Annual statistical returns and brief notes on vaccination in Bengal - 1909-1929
Year: 1909
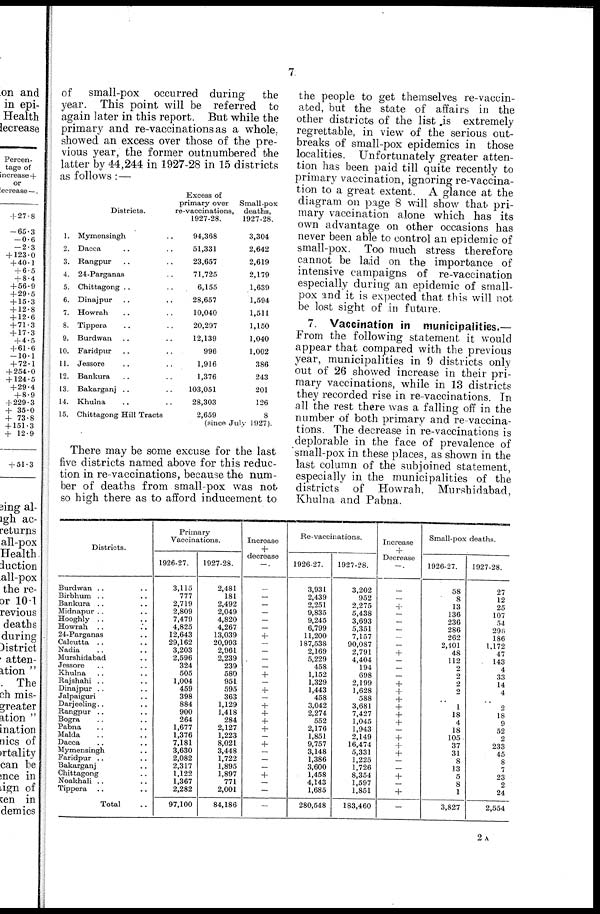
7
of
small-pox occurred during
the
year. This point will be referred to
again later in this report. But while the
primary and re-vaccinations as a whole,
showed an excess over those of the pre-
vious year, the former outnumbered the
latter by 44,244 in 1927-28 in 15 districts
as follows :—
Districts.
1.
2.
3.
4.
5.
6.
7.
8.
9.
10.
11.
12.
13.
14.
15.
Mymensingh ..
Dacca .. ..
Rangpur .. ..
24-Parganas ..
Chittagong .. ..
Dinajpur .. ..
Howrah .. ..
Tippera .. ..
Burdwan .. ..
Faridpur .. ..
Jessore .. ..
Bankura .. ..
Bakarganj .. ..
Khulna .. ..
Chittagong Hill Tracts
Excess of
primary over
re-vaccinations,
1927-28.
94,368
51,331
23,657
71,725
6,155
28,657
10,040
20,297
12,139
996
1,916
1,376
103,051
28,303
2,659
Small-pox
deaths,
1927-28.
3,304
2,642
2,619
2,179
1,639
1,594
1,511
1,150
1,040
1,002
386
243
201
126
8
(since July 1927).
There may be some excuse for the last
five districts named above for this reduc-
tion in re-vaccinations, because the num-
ber of deaths from small-pox was not
so high there as to afford inducement to
the people to get themselves re-vaccin-
ated, but the state of affairs in the
other districts of the list is extremely
regrettable, in view of the serious out-
breaks of small-pox epidemics in those
localities. Unfortunately greater atten-
tion has been paid till quite recently to
primary vaccination, ignoring re-vaccina-
tion to a great extent. A glance at the
diagram on page 8 will show that pri-
mary vaccination alone which has its
own advantage on other occasions has
never been able to control an epidemic of
small-pox. Too much stress therefore
cannot be laid on the importance of
intensive campaigns of re-vaccination
especially during an epidemic of small-
pox and it is expected that this will not
be lost sight of in future.
7. Vaccination in municipalities.—
From the following statement it would
appear that compared with the previous
year, municipalities in 9 districts only
but of 26 showed increase in their pri-
mary vaccinations, while in 13 districts
they recorded rise in re-vaccinations. In
all the rest there was a falling off in the
number of both primary and re-vaccina-
tions. The decrease in re-vaccinations is
deplorable in the face of prevalence of
small-pox in these places, as shown in the
last column of the subjoined statement,
especially in the municipalities of the
districts of Howrah, Murshidabad,
Khulna and Pabna.
Districts.
Burdwan .. ..
Birbhum .. ..
Bankura .. ..
Midnapur .. ..
Hooghly .. ..
Howrah .. ..
24-Parganas ..
Calcutta .. ..
Nadia .. ..
Murshidabad ..
Jessore .. ..
Khulna .. ..
Rajshahi .. ..
Dinajpur .. ..
Jalpaiguri ..
Darjeeling.. ..
Rangpur .. ..
Bogra .. ..
Pabna .. ..
Malda .. ..
Dacca .. ..
Mymensingh ..
Faridpur .. ..
Bakarganj ..
Chittagong ..
Noakhali .. ..
Tippera .. ..
Total ..
Primary
Vaccinations.
1926-27.
3,115
777
2,719
2,809
7,479
4,825
12,643
29,162
3,203
2,596
324
505
1,004
459
398
884
900
264
1,677
1,376
7,181
3,630
2,082
2,317
1,122
1,367
2,282
97,100
1927-28.
2,481
181
2,492
2,049
4,820
4,267
13,039
20,993
2,961
2,239
239
580
951
595
363
1,129
1,418
284
2,127
1,223
8,021
3,448
1,722
1,895
1,897
771
2,001
84,186
Increase
+
decrease
—.
—
—
—
—
—
—
+
—
—
—
—
+
—
+
—
+
+
+
+
—
+
—
—
—
+
—
—
—
Re-vaccinations.
1926-27.
3,931
2,439
2,251
9,835
9,245
6,799
11,200
187,538
2,169
5,229
458
1,152
1,329
1,443
458
3,042
2,274
552
2,176
1,851
9,757
3,148
1,386
3,600
1,458
4,143
1,685
280,548
1927-28.
3,202
952
2,275
5,438
3,693
5,351
7,157
90,087
2,791
4,404
194
698
2,199
1,628
588
3,681
7,427
1,045
1,943
2,149
16,474
5,331
1,225
1,726
8,354
1,597
1,851
183,460
Increase
+
Decrease
—.
—
—
+
—
—
—
—
—
+
—
—
—
+
+
+
+
+
+
—
+
+
+
—
—
+
—
+
—
Small-pox deaths.
1926-27.
58
8
13
136
236
286
262
2,401
48
112
2
2
2
2
..
1
18
4
18
105
37
31
8
13
5
8
1
3,827
1927-28.
27
12
25
107
54
296
186
1,172
47
143
4
33
14
4
..
2
18
9
52
2
233
45
8
7
23
2
24
2,554
2A